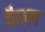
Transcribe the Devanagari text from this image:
फैलव